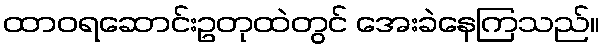
ထာဝရဆောင်းဥတုထဲတွင် အေးခဲနေကြသည်။